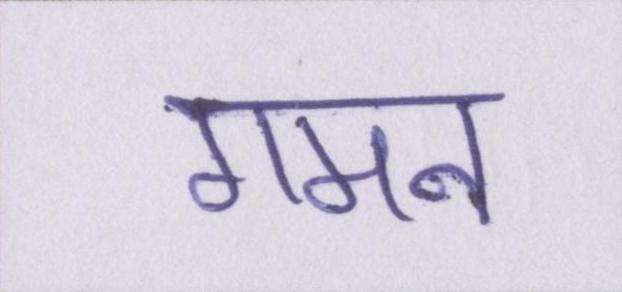
गमन